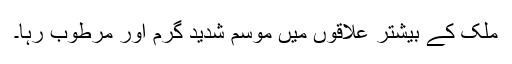
ملک کے بیشتر علاقوں میں موسم شدید گرم اور مرطوب رہا۔